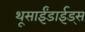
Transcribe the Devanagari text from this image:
थूसाईंडाईड्स